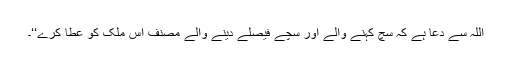
اللہ سے دعا ہے کہ سچ کہنے والے اور سچے فیصلے دینے والے مصنف اس ملک کو عطا کرے‘‘۔